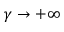
\gamma \rightarrow + \infty